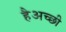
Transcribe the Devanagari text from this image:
हैअच्छी